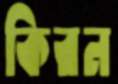
কিরন